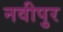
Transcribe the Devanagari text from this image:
नवीपुर